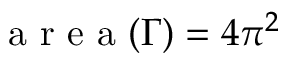
\mathrm { ~ a ~ r ~ e ~ a ~ } ( \Gamma ) = 4 \pi ^ { 2 }